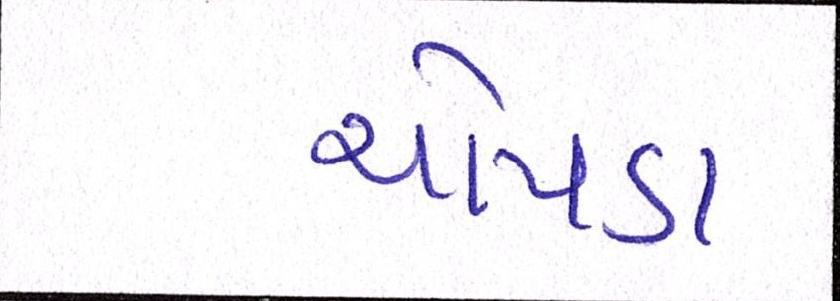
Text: ચોપડા